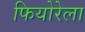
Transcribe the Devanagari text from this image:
फियोरेला